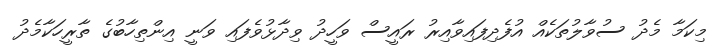
މިކަމާ މެދު ސުވާލުތަކެއް އުފެދިފައިވާއިރު ރައީސް ވަހީދު ވިދާޅުވެފައި ވަނީ އިންތިހާބުގެ ތާރީހަކާމެދު